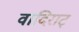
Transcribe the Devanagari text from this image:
वादिराट्